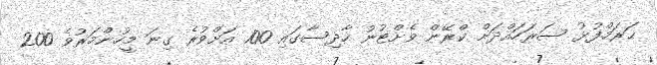
ޙަރަމްފުޅު ސަރަހައްދަށް ކްރޭން ވެށްޓުނު ހާދިސާގައި 100 އަށްވުރެ ގިނަ މީހުންމަރުވެ 200